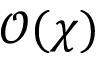
\mathcal O ( \chi )